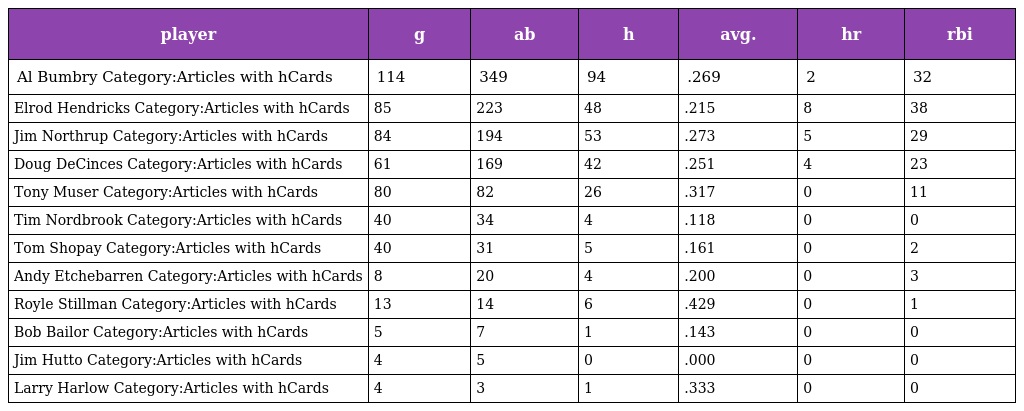
| player | g | ab | h | avg. | hr | rbi |
 | --- | --- | --- | --- | --- | --- | --- |
 | Al Bumbry Category:Articles with hCards | 114 | 349 | 94 | .269 | 2 | 32 |
 | Elrod Hendricks Category:Articles with hCards | 85 | 223 | 48 | .215 | 8 | 38 |
 | Jim Northrup Category:Articles with hCards | 84 | 194 | 53 | .273 | 5 | 29 |
 | Doug DeCinces Category:Articles with hCards | 61 | 169 | 42 | .251 | 4 | 23 |
 | Tony Muser Category:Articles with hCards | 80 | 82 | 26 | .317 | 0 | 11 |
 | Tim Nordbrook Category:Articles with hCards | 40 | 34 | 4 | .118 | 0 | 0 |
 | Tom Shopay Category:Articles with hCards | 40 | 31 | 5 | .161 | 0 | 2 |
 | Andy Etchebarren Category:Articles with hCards | 8 | 20 | 4 | .200 | 0 | 3 |
 | Royle Stillman Category:Articles with hCards | 13 | 14 | 6 | .429 | 0 | 1 |
 | Bob Bailor Category:Articles with hCards | 5 | 7 | 1 | .143 | 0 | 0 |
 | Jim Hutto Category:Articles with hCards | 4 | 5 | 0 | .000 | 0 | 0 |
 | Larry Harlow Category:Articles with hCards | 4 | 3 | 1 | .333 | 0 | 0 |